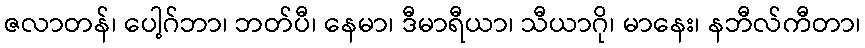
ဇလာတန်၊ ပေါ့ဂ်ဘာ၊ ဘတ်ပီ၊ နေမာ၊ ဒီမာရီယာ၊ သီယာဂို၊ မာနေး၊ နဘီလ်ကီတာ၊